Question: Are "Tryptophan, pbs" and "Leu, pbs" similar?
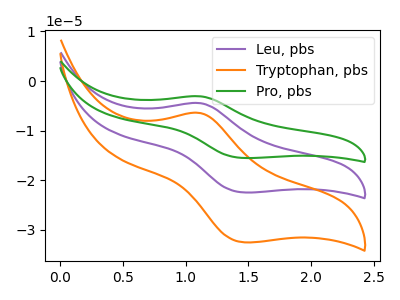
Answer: <think>The purple curve "Leu, pbs" has an anodic peak at (1.10V, -4.45uA) and a cathodic peak at (1.45V, -22.45uA). The orange curve "Tryptophan, pbs" has an anodic peak at (1.10V, -6.40uA) and a cathodic peak at (1.45V, -32.50uA). The green curve "Pro, pbs" has an anodic peak at (1.10V, -8.85uA) and a cathodic peak at (1.45V, -44.90uA).
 All the peaks in "Tryptophan, pbs" have a peak in "Leu, pbs" at the same potential.</think>
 <answer>"Tryptophan, pbs" and "Leu, pbs" are similar in shape.</answer>
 <eval>same_shape</eval>